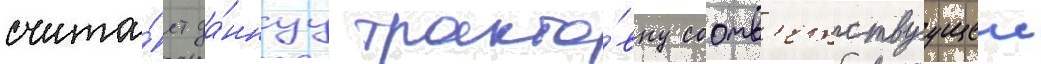
счита́ет да́ннуу тракто́вку соотв'етствуущеи